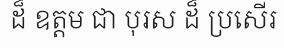
ដ៏ ឧត្តម ជា បុរស ដ៏ ប្រសើរ